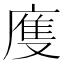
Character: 𢊄